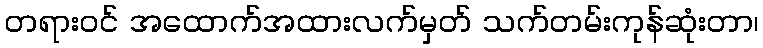
တရားဝင် အထောက်အထားလက်မှတ် သက်တမ်းကုန်ဆုံးတာ၊